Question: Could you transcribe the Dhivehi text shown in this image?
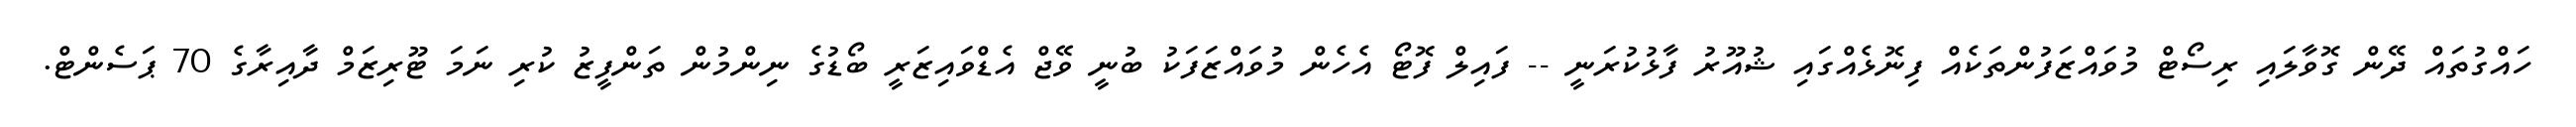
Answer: ހައްގުތައް ދޭން ގޮވާލައި ރިސޯޓް މުވައްޒަފުންތަކެއް ފިނޮޅެއްގައި ޝުއޫރު ފާޅުކުރަނީ -- ފައިލް ފޮޓޯ އެހެން މުވައްޒަފަކު ބުނީ ވޭޖް އެޑްވައިޒަރީ ބޯޑުގެ ނިންމުން ތަންފީޒު ކުރި ނަމަ ޓޫރިޒަމް ދާއިރާގެ 70 ޕަސެންޓް.